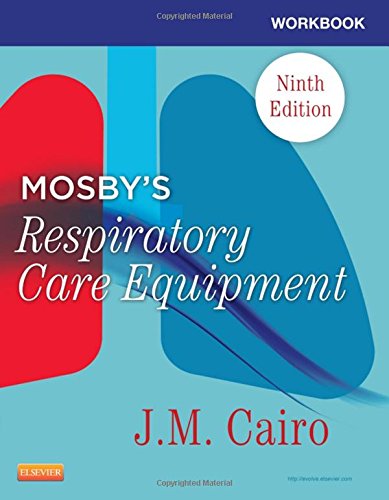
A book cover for Workbook for Mosby's Respiratory Care Equipment, 9e; J. M. Cairo PhD  RRT  FAARC; Medical Books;